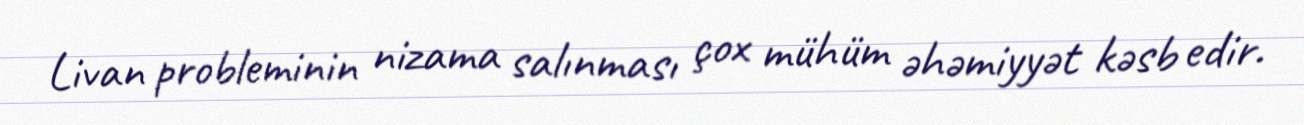
Livan probleminin nizama salınması çox mühüm əhəmiyyət kəsb edir.